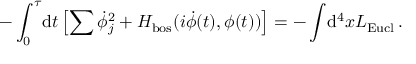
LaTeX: - \int _ { 0 } ^ { \tau } \! \mathrm { d } t \left[ \sum \dot { \phi } _ { j } ^ { 2 } + H _ { \mathrm { b o s } } ( i \dot { \phi } ( t ) , \phi ( t ) ) \right] = - \int \! \mathrm { d } ^ { 4 } x { \cal L } _ { \mathrm { E u c l } } \, .